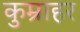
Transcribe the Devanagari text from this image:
कुम्राहर